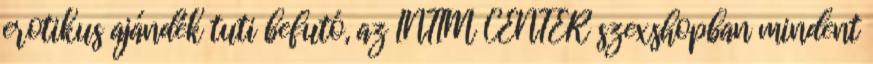
erotikus ajándék tuti befutó, az INTIM CENTER szexshopban mindent